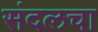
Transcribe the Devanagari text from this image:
संदलचा